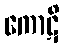
ကောဋိ